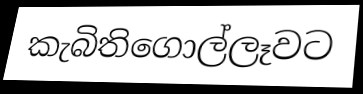
කැබිතිගොල්ලෑවට